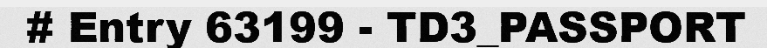
# Entry 63199 - TD3_PASSPORT